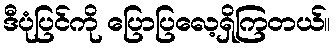
ဒီပုံပြင်ကို ပြောပြလေ့ရှိကြတယ်။